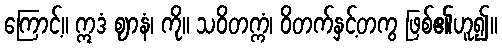
ကြောင့်။ ဣဒံ ဈာနံ၊ ကို။ သဝိတက္ကံ၊ ဝိတက်နှင့်တကွ ဖြစ်၏ဟူ၍။